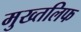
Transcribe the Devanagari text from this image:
मुख्तलिफ